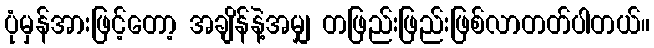
ပုံမှန်အားဖြင့်တော့ အချိန်နဲ့အမျှ တဖြည်းဖြည်းဖြစ်လာတတ်ပါတယ်။